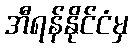
အီရန်နိုင်ငံမှ